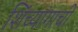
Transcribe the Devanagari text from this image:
शिंच्यांगाची